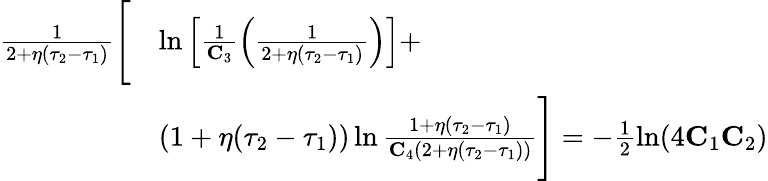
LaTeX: \begin{array}{rl}{\frac{1}{2+\eta(\tau_{2}-\tau_{1})}\Bigg[}&{\ln\left[\frac{1}{\mathbf{C}_{3}}\left(\frac{1}{2+\eta(\tau_{2}-\tau_{1})}\right)\right]+}\\ &{(1+\eta(\tau_{2}-\tau_{1}))\ln\frac{1+\eta(\tau_{2}-\tau_{1})}{\mathbf{C}_{4}(2+\eta(\tau_{2}-\tau_{1}))}\Bigg]=-\frac{1}{2}\ln(4\mathbf{C}_{1}\mathbf{C}_{2})}\end{array}